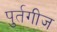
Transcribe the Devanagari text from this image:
पुर्तगीज